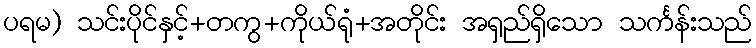
ပရမ) သင်းပိုင်နှင့်+တကွ+ကိုယ်ရုံ+အတိုင်း အရှည်ရှိသော သင်္ကန်းသည်